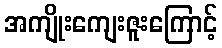
အကျိုးကျေးဇူးကြောင့်